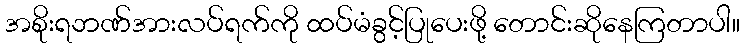
အစိုးရဘဏ်အားလပ်ရက်ကို ထပ်မံခွင့်ပြုပေးဖို့ တောင်းဆိုနေကြတာပါ။